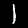
Digit: 1